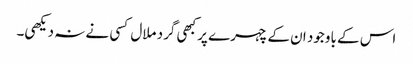
اس کے باوجود ان کے چہرے پر کبھی گرد ملال کسی نے نہ دیکھی۔